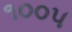
૧૦૦૫